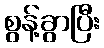
စွန့်ခွာပြီး